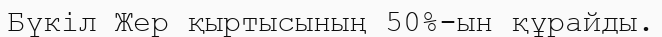
Бүкіл Жер қыртысының 50%-ын құрайды.